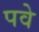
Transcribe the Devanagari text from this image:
पवे